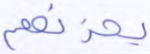
يحزنهم